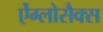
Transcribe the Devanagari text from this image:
ऐंग्लोसैक्स